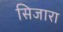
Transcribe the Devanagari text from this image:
सिजारा